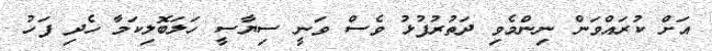
އަށް ކުރައްވަން ނިންމެވި ދަތުރުފުޅު ވެސް ވަނީ ސިޔާސީ ހަލަބޮލިކަމާ ހެދި ފަހު